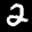
Label: 2